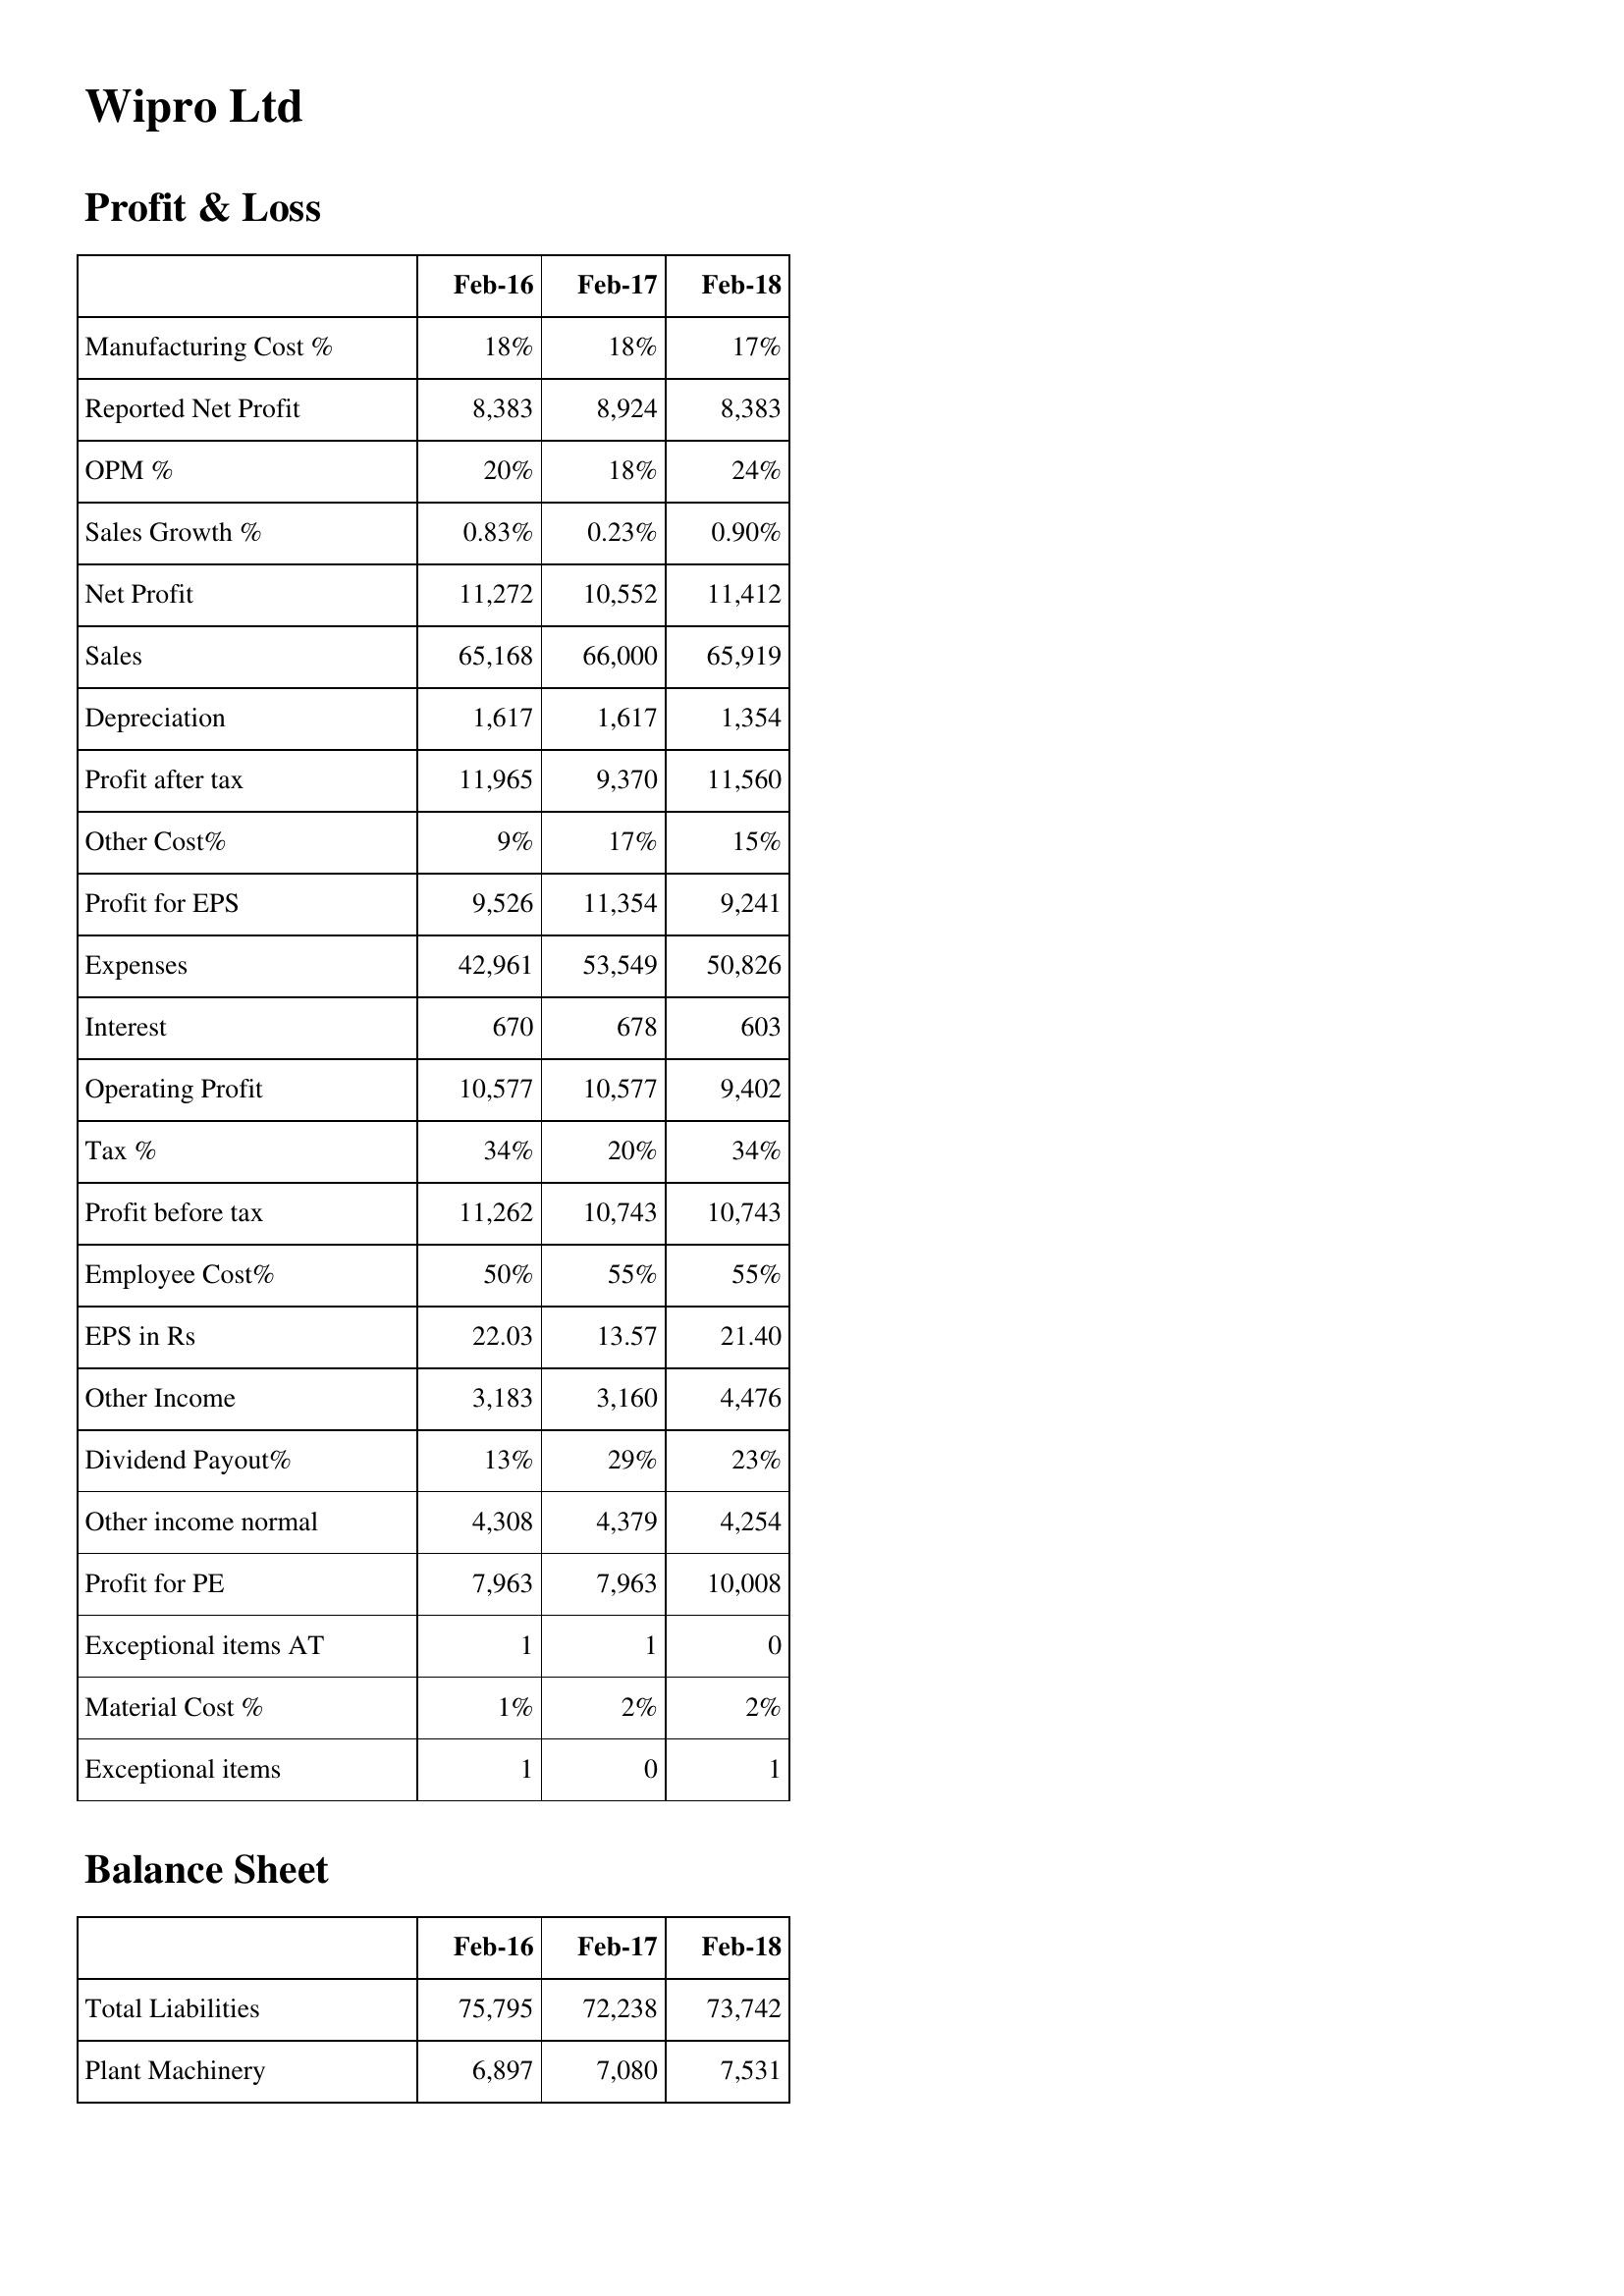
Feb-16: Profit & Loss: Manufacturing Cost %: 18%
Reported Net Profit: 8,383
OPM %: 20%
Sales Growth %: 0.83%
Net Profit: 11,272
Sales: 65,168
Depreciation: 1,617
Profit after tax: 11,965
Other Cost%: 9%
Profit for EPS: 9,526
Expenses: 42,961
Interest: 670
Operating Profit: 10,577
Tax %: 34%
Profit before tax: 11,262
Employee Cost%: 50%
EPS in Rs: 22.03
Other Income: 3,183
Dividend Payout%: 13%
Other income normal: 4,308
Profit for PE: 7,963
Exceptional items AT: 1
Material Cost %: 1%
Exceptional items: 1
Balance Sheet: Total Liabilities: 75,795
Plant Machinery: 6,897
Feb-17: Profit & Loss: Manufacturing Cost %: 18%
Reported Net Profit: 8,924
OPM %: 18%
Sales Growth %: 0.23%
Net Profit: 10,552
Sales: 66,000
Depreciation: 1,617
Profit after tax: 9,370
Other Cost%: 17%
Profit for EPS: 11,354
Expenses: 53,549
Interest: 678
Operating Profit: 10,577
Tax %: 20%
Profit before tax: 10,743
Employee Cost%: 55%
EPS in Rs: 13.57
Other Income: 3,160
Dividend Payout%: 29%
Other income normal: 4,379
Profit for PE: 7,963
Exceptional items AT: 1
Material Cost %: 2%
Exceptional items: 0
Balance Sheet: Total Liabilities: 72,238
Plant Machinery: 7,080
Feb-18: Profit & Loss: Manufacturing Cost %: 17%
Reported Net Profit: 8,383
OPM %: 24%
Sales Growth %: 0.90%
Net Profit: 11,412
Sales: 65,919
Depreciation: 1,354
Profit after tax: 11,560
Other Cost%: 15%
Profit for EPS: 9,241
Expenses: 50,826
Interest: 603
Operating Profit: 9,402
Tax %: 34%
Profit before tax: 10,743
Employee Cost%: 55%
EPS in Rs: 21.40
Other Income: 4,476
Dividend Payout%: 23%
Other income normal: 4,254
Profit for PE: 10,008
Exceptional items AT: 0
Material Cost %: 2%
Exceptional items: 1
Balance Sheet: Total Liabilities: 73,742
Plant Machinery: 7,531